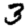
Digit: 3